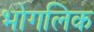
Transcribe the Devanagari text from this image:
भोगलिक